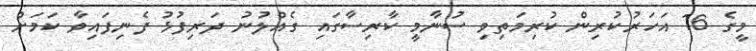
މީގެ 16 އަހަރުކުރިން ކުރިމަތިވި ސުނާމީ ކާރިސާގައި ގެއްލުނު ދަރިފުޅު ފެނިފައިވާ ކަމަށް